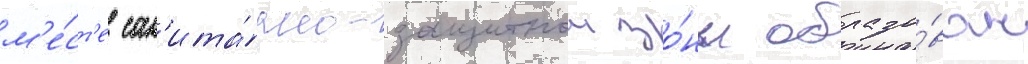
м'е́ст'е сан'ита́рно-защитнои зо́ны образо́ван